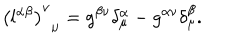
{ \left( l ^ { \alpha \beta } \right) ^ { \nu } } _ { \mu } = g ^ { \beta \nu } \delta _ { \mu } ^ { \alpha } - g ^ { \alpha \nu } \delta _ { \mu } ^ { \beta } .